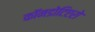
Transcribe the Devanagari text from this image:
कॉनडोटिएरो